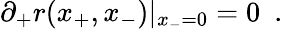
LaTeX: \partial_{+}r(x_{+},x_{-})|_{x_{-}=0}=0~~.